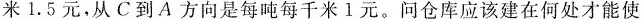
米1.5元，从C到A方向是每吨每千米1元。问仓库应该建在何处才能使